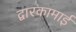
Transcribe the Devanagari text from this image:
द्वारकामाई